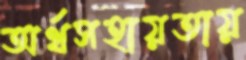
অর্থসহায়তায়